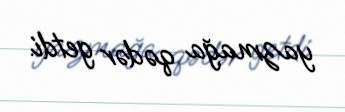
yazmağa qədər getdi.